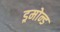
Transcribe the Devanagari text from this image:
ड्रमोन्ड